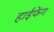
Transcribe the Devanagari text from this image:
हाईफेंग